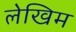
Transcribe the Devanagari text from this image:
लेखिम